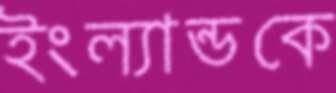
ইংল্যান্ডকে